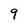
Character: 9